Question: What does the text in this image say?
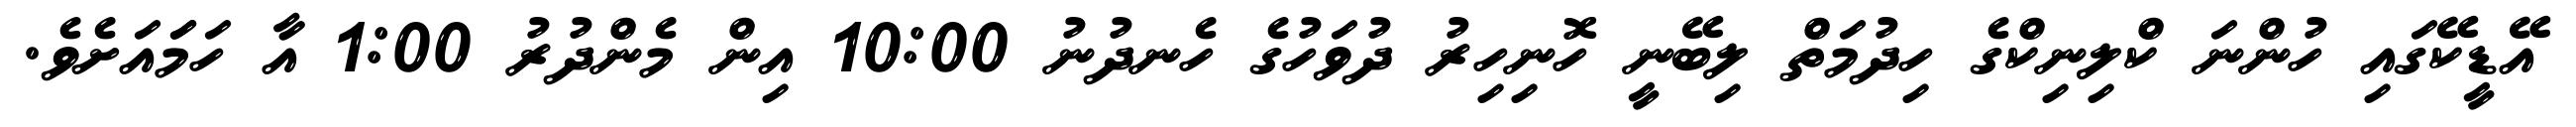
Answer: އޭޑީކޭގައި ހުންނަ ކްލިނިކްގެ ހިދުމަތް ލިބޭނީ ހޮނިހިރު ދުވަހުގެ ހެނދުނު 10:00 އިން މެންދުރު 1:00 އާ ހަމަައަށެވެ.